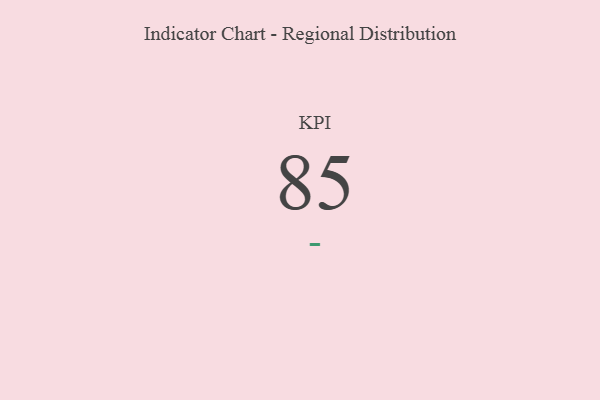
{"axis": {"x": "KPI", "y": "Value"}, "legend": [""], "data": [{"x": "KPI", "y": 85, "type": ""}]}